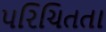
પરિચિતતા